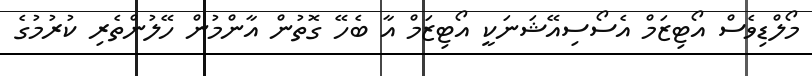
މޯލްޑިވެސް އޯޓިޒަމް އެސޯސިއޭޝަނަކީ އޯޓިޒަމް އާ ބެހޭ ގޮތުން އާންމުން ހޭލުންތެރި ކުރުމުގެ